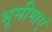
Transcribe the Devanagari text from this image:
भूसीमाएं